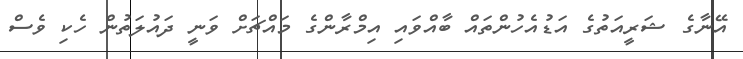
އޭނާގެ ޝަރީއަތުގެ އަޑުއެހުންތައް ބާއްވައި އިމްރާންގެ މައްޗަށް ވަނީ ދައުލަތުން ހެކި ވެސް